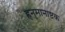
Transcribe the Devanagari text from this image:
हनुमानाष्टक